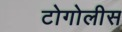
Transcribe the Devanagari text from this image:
टोगोलीस